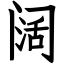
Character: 阔